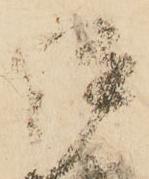
伊